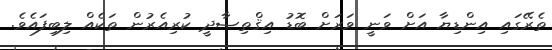
ތެރޭގައި އިންޑިޔާ އަށް ވަނީ ވަރަށް ބޮޑު އިޤްތިޞާދީ ކުރިއެރުން ތަކެއް ލިބިފައެވެ.